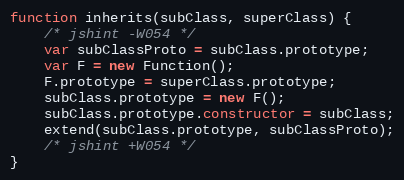
Language: JavaScript
function inherits(subClass, superClass) {
    /* jshint -W054 */
    var subClassProto = subClass.prototype;
    var F = new Function();
    F.prototype = superClass.prototype;
    subClass.prototype = new F();
    subClass.prototype.constructor = subClass;
    extend(subClass.prototype, subClassProto);
    /* jshint +W054 */
}